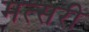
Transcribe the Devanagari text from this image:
मत्सरी